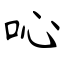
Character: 吣